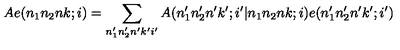
A e ( n _ { 1 } n _ { 2 } n k ; i ) = \sum _ { n _ { 1 } ^ { \prime } n _ { 2 } ^ { \prime } n ^ { \prime } k ^ { \prime } i ^ { \prime } } A ( n _ { 1 } ^ { \prime } n _ { 2 } ^ { \prime } n ^ { \prime } k ^ { \prime } ; i ^ { \prime } | n _ { 1 } n _ { 2 } n k ; i ) e ( n _ { 1 } ^ { \prime } n _ { 2 } ^ { \prime } n ^ { \prime } k ^ { \prime } ; i ^ { \prime } )